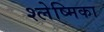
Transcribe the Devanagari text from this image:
श्‍लेष्मिका